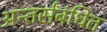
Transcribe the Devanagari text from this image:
अन्तर्संबंधित